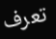
تعرف